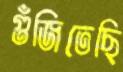
গুঁজিতেছি